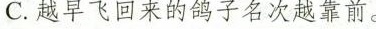
C.越早飞回来的鸽子名次越靠前。